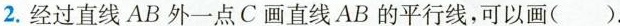
2.经过直线AB外一点C画直线AB的平行线，可以画( )